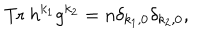
\mathrm { T r } ~ h ^ { k _ { 1 } } g ^ { k _ { 2 } } = n \delta _ { k _ { 1 } , 0 } \delta _ { k _ { 2 } , 0 } ,